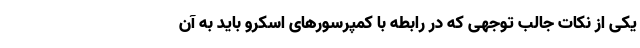
یکی از نکات جالب توجهی که در رابطه با کمپرسورهای اسکرو باید به آن